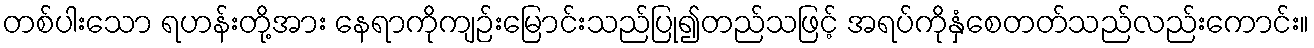
တစ်ပါးသော ရဟန်းတို့အား နေရာကိုကျဉ်းမြောင်းသည်ပြု၍တည်သဖြင့် အရပ်ကိုနှံစေတတ်သည်လည်းကောင်း။